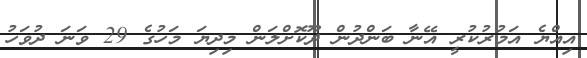
އިއްޔެ އަމުރުކުރީ އޭނާ ބަންދުން ދޫކޮށްލަން މިދިޔަ މަހުގެ 29 ވަނަ ދުވަހު